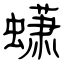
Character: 蟏